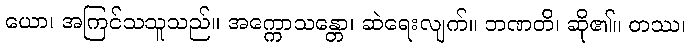
ယော၊ အကြင်သသူသည်။ အက္ကောသန္တော၊ ဆဲရေးလျက်။ ဘဏတိ၊ ဆို၏။ တဿ၊